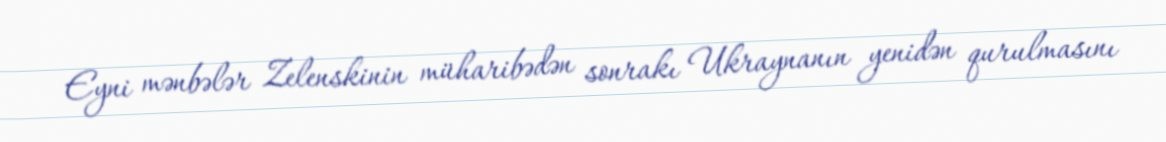
Eyni mənbələr Zelenskinin müharibədən sonrakı Ukraynanın yenidən qurulmasını